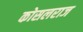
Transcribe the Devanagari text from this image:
कोसलराज